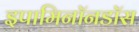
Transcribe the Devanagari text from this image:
इपामिनॉनडॉस